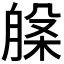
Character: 𭨾